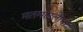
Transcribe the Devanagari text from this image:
मतमाउलीची